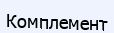
Комплемент